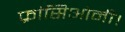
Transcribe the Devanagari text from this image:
फ्रांसिओनी।